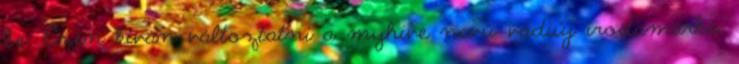
be. Ezen kíván változtatni a myhive nevű vadiúj irodamárka,